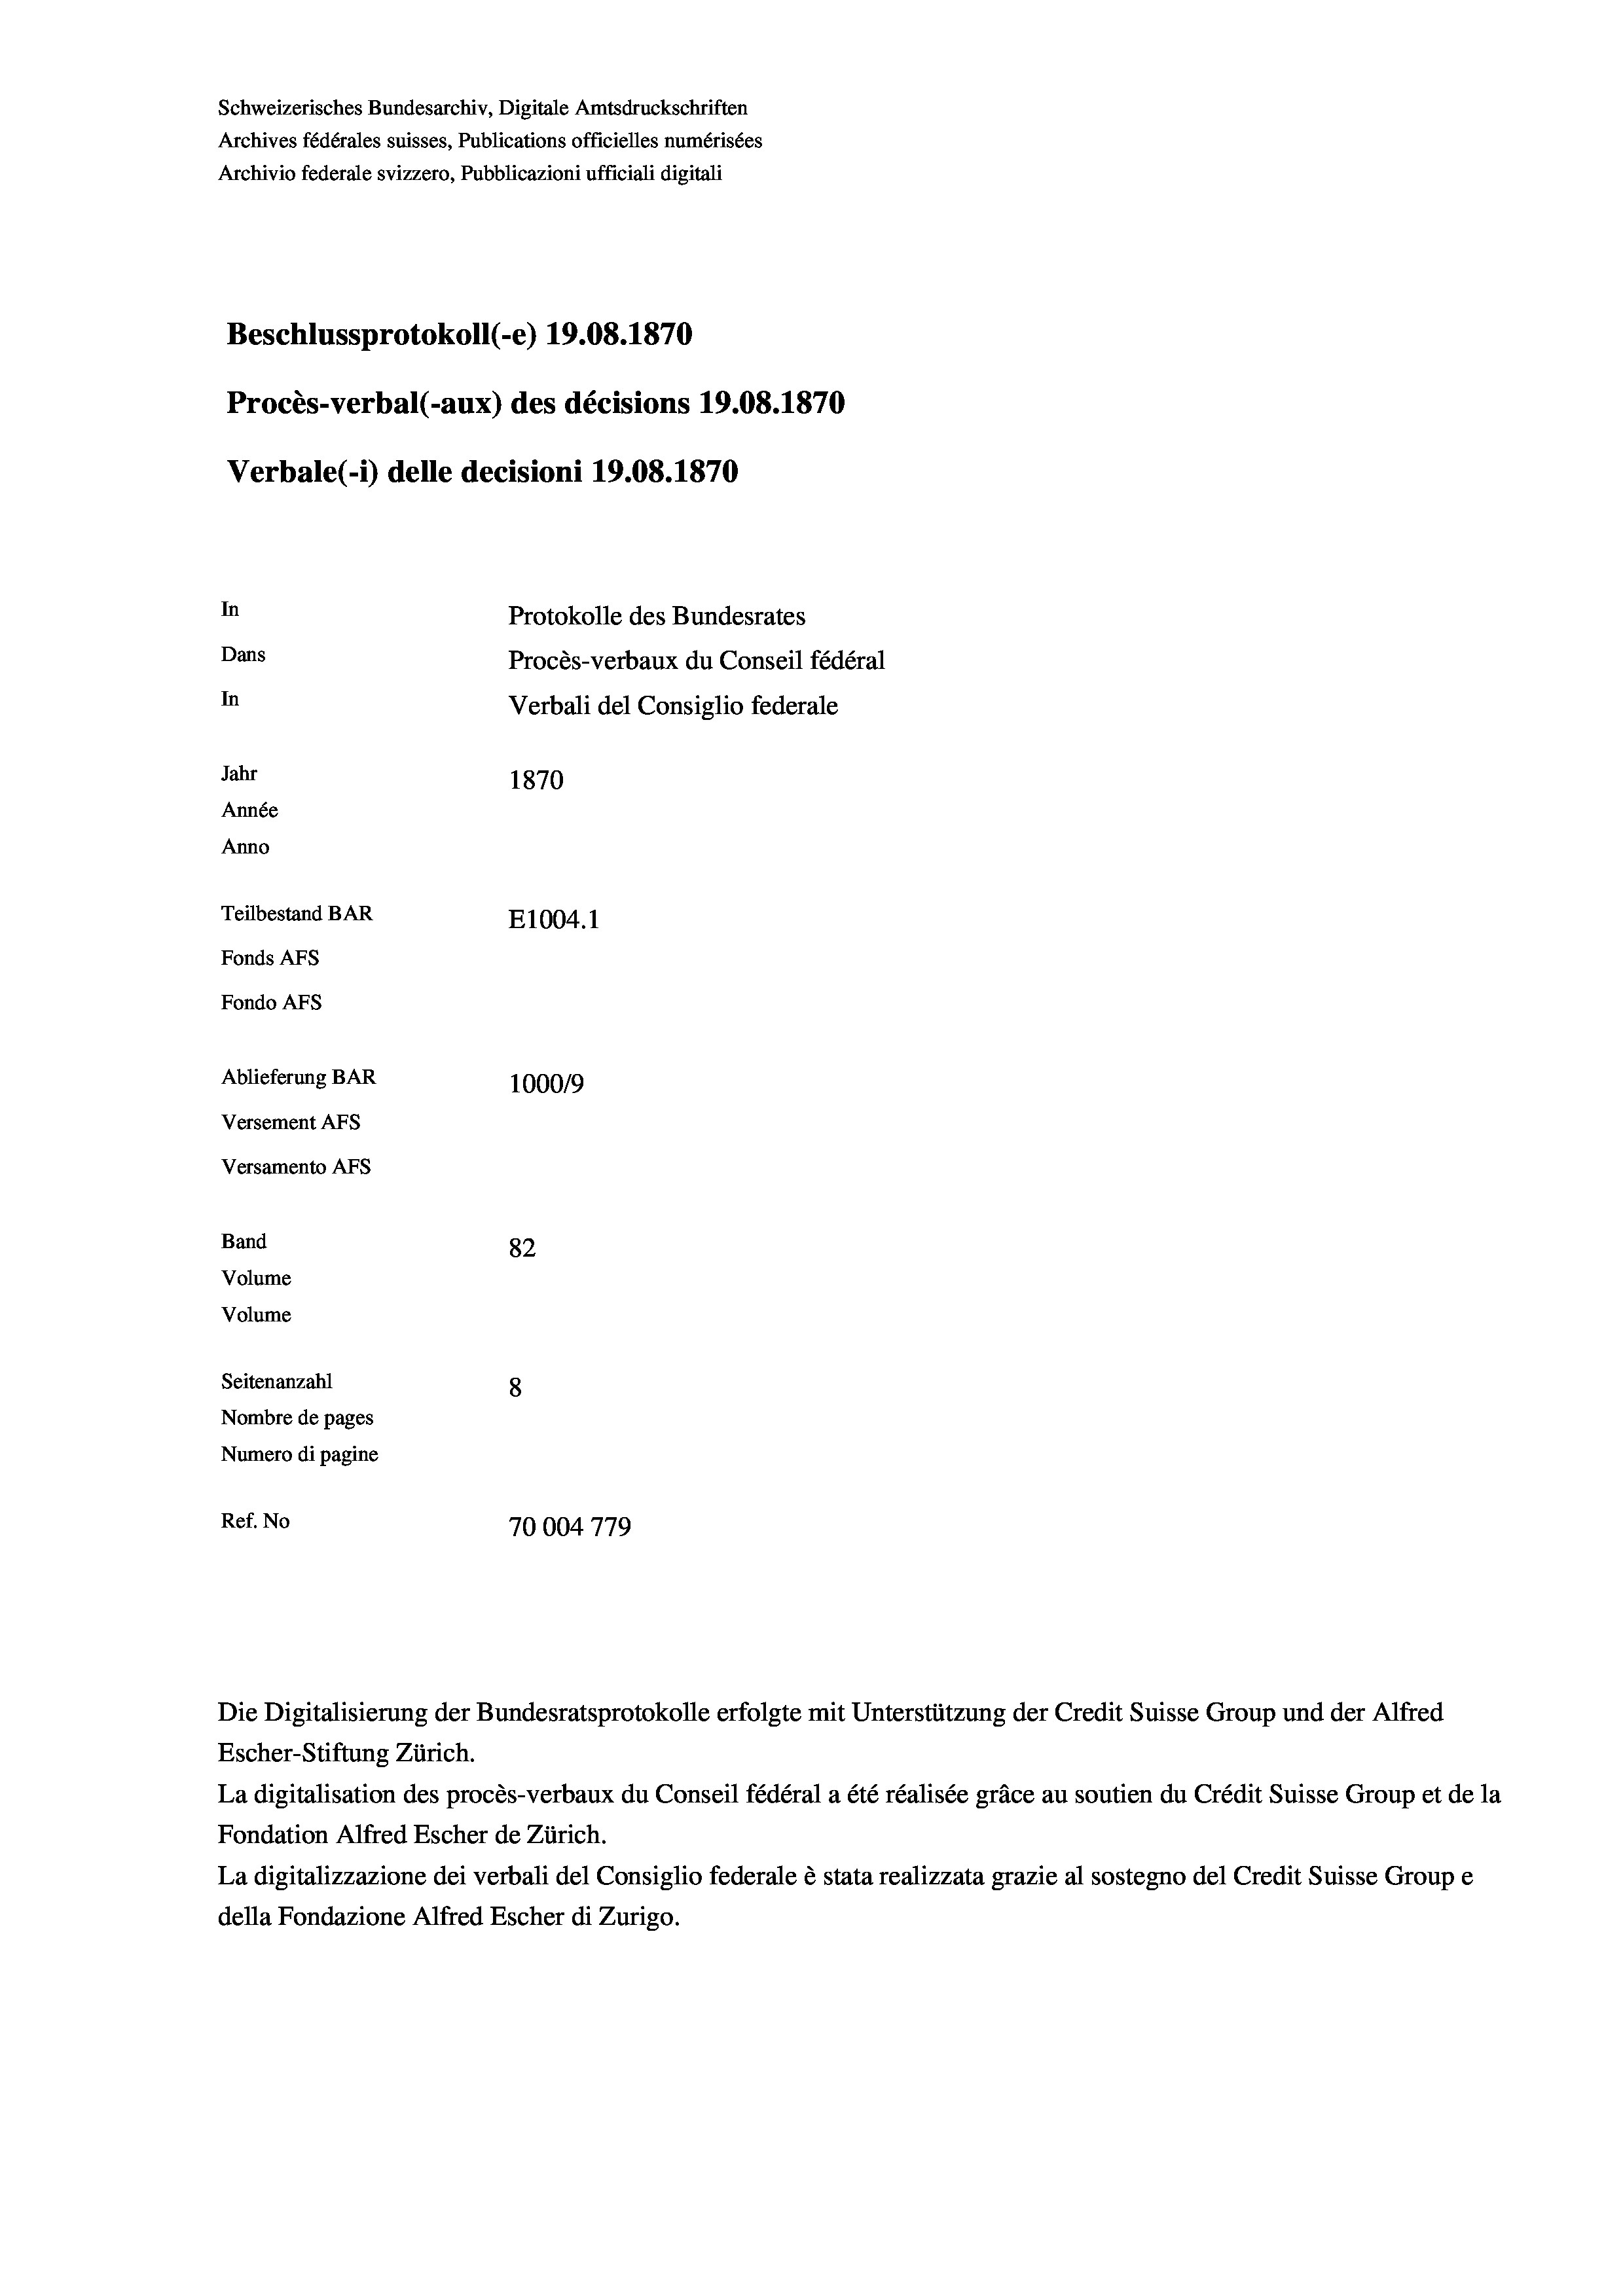
Schweizerisches Bundesarchiv, Digitale Amtsdruckschriften
Archives fédérales suisses, Publications officielles numérisées
Archivio federale svizzero, Pubblicazioni ufficiali digitali
Beschlussprotokoll (e) 19.08. 1870
Procès-verbal (-aux) des décisions 19.08. 1870
Verbale(-*) delle decisioni 19.08. 1870
In
Protokolle des Bundesrates
Dans
Procès-verbaux du Conseil fédéral
In
Verbali del Consiglio federale
Jahr
1870
Année
Anno
Teilbestand BAR
E1004.1
Fonds AFs
Fondo AFs
Ablieferung BAR
1000/9
Versement AFS
Versamento Afs
Band
82
Volume

Volume
Seitenanzahl
8
Nombre de pages
Numero di pagine
Ref. No
70004779

Escher-Stiftung Zürich.
La digitalisation des procès-verbaux du Conseil fédéral a été réalisée gräce au soutien du Crédit Suisse Group et de la
Fondation Alfred Escher de Zürich.
La digitalizzazione dei verbali del Consiglio federale è stata realizzata grazie al sostegno del Credit Suisse Groupe
della Fondazione Alfred Escher di Zurigo.

Die Digitalisierung der Bundesratsprotokolle erfolgte mit Unterstützung der Credit Suisse Group und der Alfred